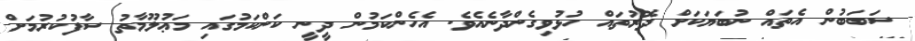
ސަބަބުން އެތައް ނުބަޔަކަށް ދޮރުތައް ހުޅުވިގެންދާނެއެވެ. އެހެންކަމުން ދީނީ ކަންކަމުގައި މަޢުލޫމާތު ސާފުކުރުމަށް